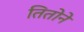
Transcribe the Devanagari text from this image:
तितोने